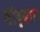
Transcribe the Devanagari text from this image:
सौद्यांत